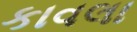
કાવલા